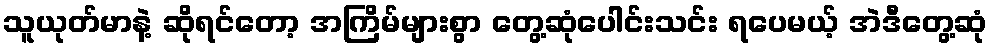
သူယုတ်မာနဲ့ ဆိုရင်တော့ အကြိမ်များစွာ တွေ့ဆုံပေါင်းသင်း ရပေမယ့် အဲဒီတွေ့ဆုံ